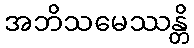
အဘိသမေဿန္တိ